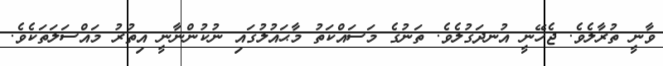
ވާނީ ތުރާލެވެ. ޖެހޭނީ އުނދަގުލެވެ. ތަނުގެ މަސައްކަތު މާޙައުލުގައި ނުކުންނާނީ އިތުރު މައްސަލަތަކެވެ.